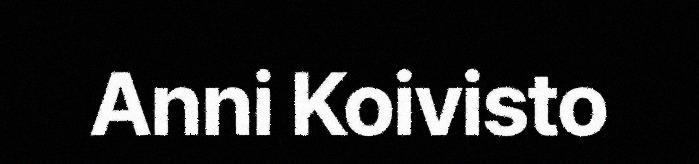
Anni Koivisto